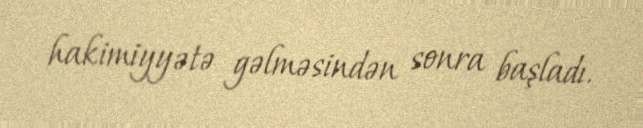
hakimiyyətə gəlməsindən sonra başladı.